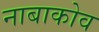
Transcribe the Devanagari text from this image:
नाबाकोव